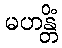
မဟန္တိံ